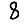
Digit: 8